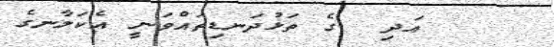
އަދި  ގެ ތަޅުދަނޑިތައްވަނީ އެކަލާނގެ